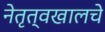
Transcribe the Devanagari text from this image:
नेतृत्वखालचे